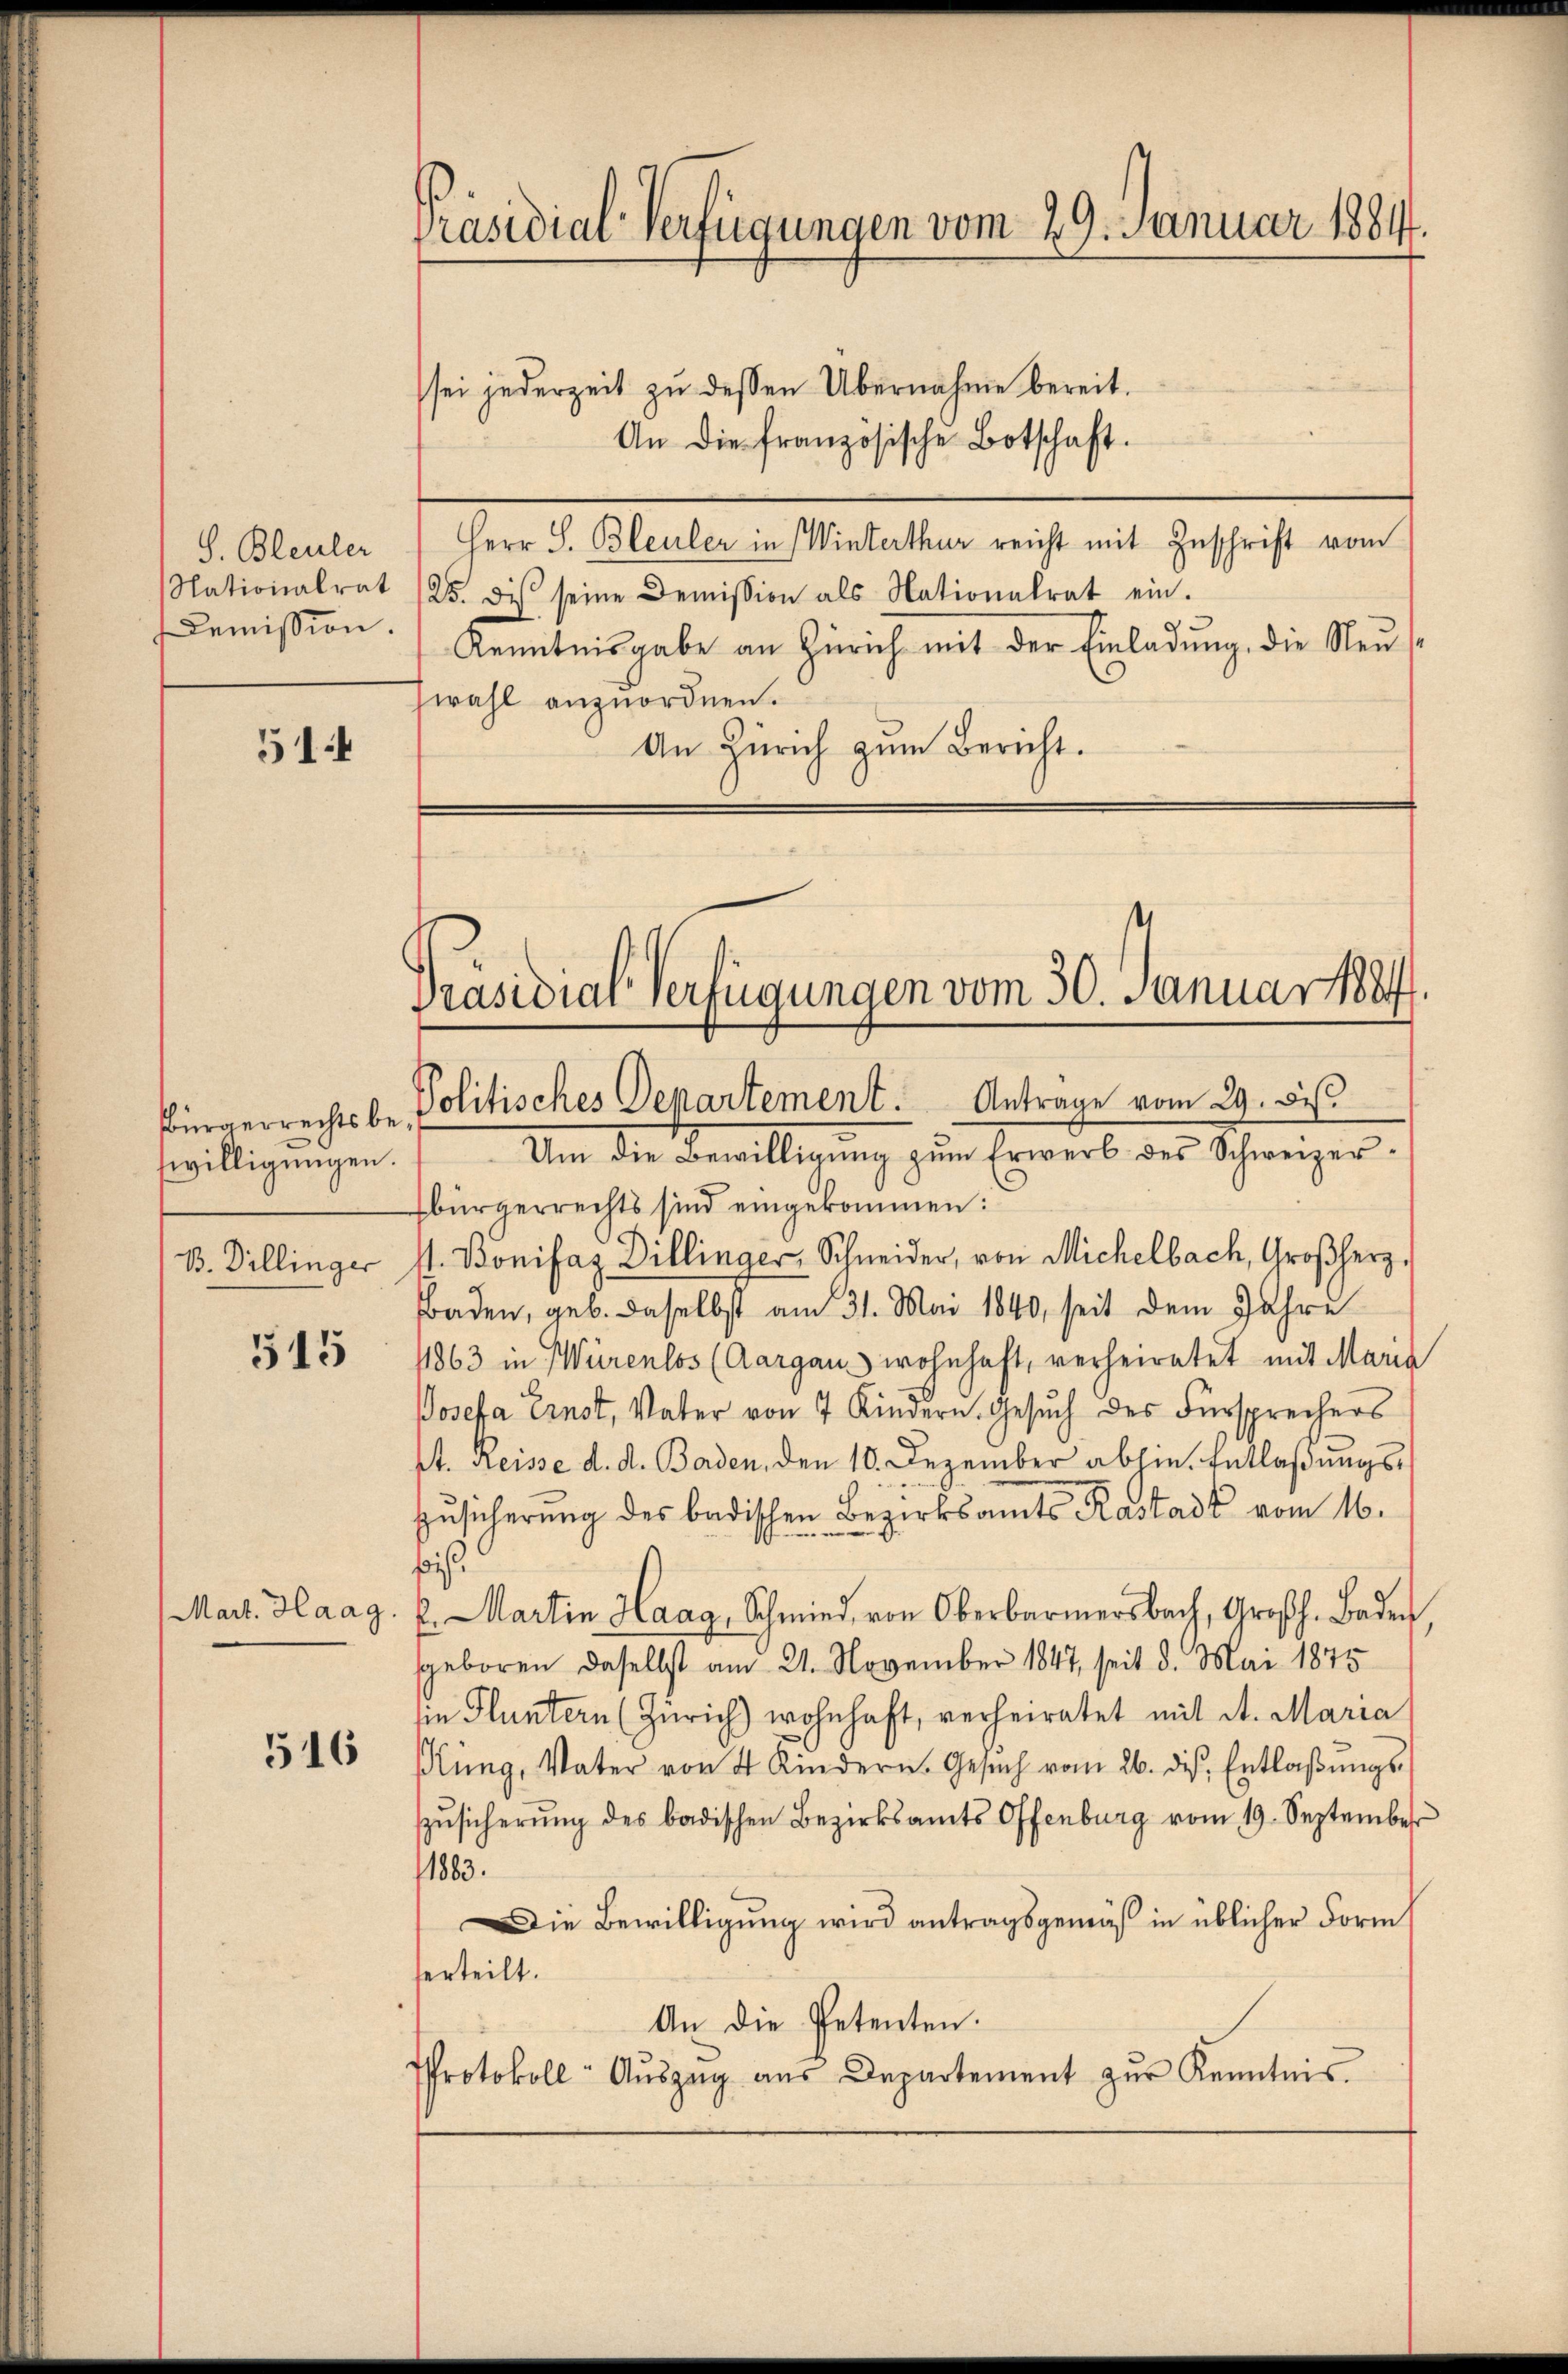
S. Bleuler
Nationalrat
Demission.

514

Bürgerrechts be
willigungen.
B. Dillinger

515

Mart. Haag.

516

Präsidial-Verfügungen vom 29. Januar 1884.

sei jederzeit zu dessen Übernahme bereit.
An die französische Botschaft.
Herr S. Bleuler in Winterthur reicht mit Zuschrift vom
25. Die seine Demission als Nationalrat ein.
Kenntnisgabe an Zürich mit der Einladung, die Neuwahl anzuordnen.
An Zürich zum Bericht.

Präsidial-Verfügungen vom 30. Januar 1884
Politisches Departement. Antrage vom 29. De

Um die Bewilligŭng zŭm Erwerb des Schweizer
Ebürgerrechts sind eingekommen:
s. Bonifaz Dillinger, Schneider, von Michelbach, Großherz,
Baden, geb. daselbst am 31. Mai 1840, seit dem Jahre
1863 in Würenlos (Aargau wohnhaft, verheiratet mit Maria
Josefa Ernst, Vater von 7 Kindern. Gesuch des Fürsprechers
pt. Reisse d. d. Baden, den 10. Dezember abhie. Entlaßungs¬
Zusicherung des badischen Bezirksamts Rastadt vom 16.
fris
l. Martin Haag, Schmied von Oberbarmersbach, Großh. Baden
sgeboren daselbst am 21. November 1847 seit 8. Mai 1875
in Fluntern (Zürich) wohnhaft, verheiratet mit d. Maria
Küng, Vater von 4 Kindern. Gesŭch vom 26. des Entlaβŭngs-
Zŭsicherŭng des badischen Bezirksamts Offenburg vom 19. September
1883.
Die Bewilligung wird antragsgemäß in üblicher Form
erteilt.
An die Petenten.
Protokoll- Aŭszŭg aŭs Departement zŭr Kenntnis